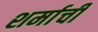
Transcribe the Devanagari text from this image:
शर्माची